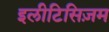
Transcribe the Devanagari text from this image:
इलीटिसिज़म